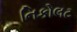
નિકોલટ